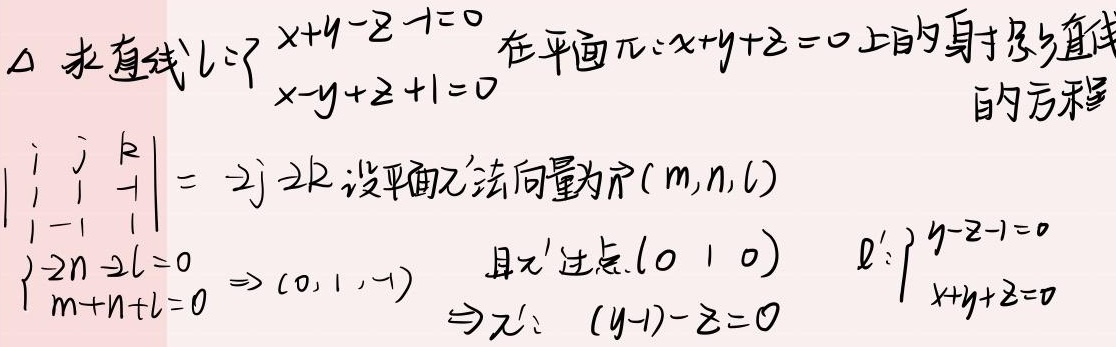
求直线$l:\begin{cases}x + y - z - 1 = 0\\x - y + z + 1 = 0\end{cases}$在平面$\pi:x + y + z = 0$上的投影直线
的方程
$\begin{vmatrix}
\mathbf{i} & \mathbf{j} & \mathbf{k} \\
1 & 1 & -1 \\
1 & -1 & 1
\end{vmatrix}=-2\mathbf{j}-2\mathbf{k}$设平面$\pi'$法向量为$\vec{n}(m,n,l)$
$\begin{cases}-2n - 2l = 0\\m + n + l = 0\end{cases}\Rightarrow(0,1,-1)$ 且$\pi'$过点$(0,1,0)$
$\Rightarrow\pi':(y - 1)-z = 0$
$l':\begin{cases}y - z - 1 = 0\\x + y + z = 0\end{cases}$